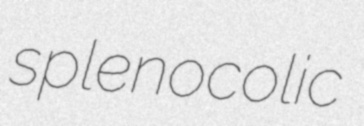
splenocolic